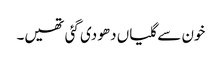
خون سے گلیاں دھو دی گئی تھیں۔